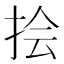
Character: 𪭯